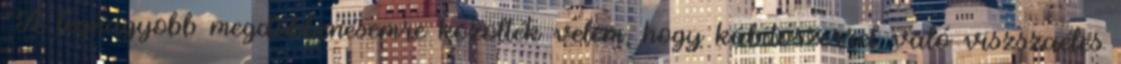
"A legnagyobb megdöbbenésemre közölték velem, hogy kábítószerrel való viszszaélés